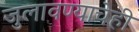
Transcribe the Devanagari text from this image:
जुलावण्याचेही